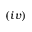
( i v )